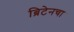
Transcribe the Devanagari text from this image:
ब्रिटेनचा